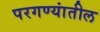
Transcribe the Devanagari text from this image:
परगण्यांतील